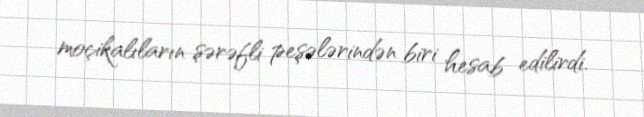
moçikalıların şərəfli peşələrindən biri hesab edilirdi.